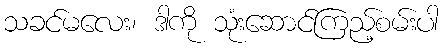
သခင်မလေး၊ ဒါကို သုံးဆောင်ကြည့်စမ်းပါ